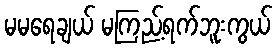
မမရေချယ် မကြည့်ရက်ဘူးကွယ်